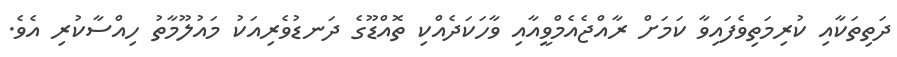
ދަތިތަކާއި ކުރިމަތިވެފައިވާ ކަމަށް ރާއްޖެއެމްވީއާއި ވާހަކަދެއްކި ތޮއްޑޫގެ ދަނޑުވެރިއަކު މައުލޫމާތު ހިއްސާކުރި އެވެ.